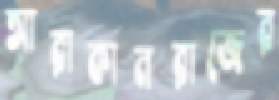
আরাকানরাজের